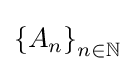
\left\{A_{n}\right\}_{n\in \mathbb {N} }